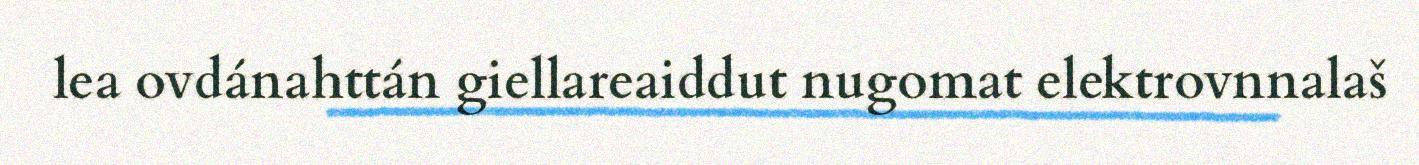
lea ovdánahttán giellareaiddut nugomat elektrovnnalaš